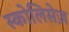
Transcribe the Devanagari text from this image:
स्कोलिसेज़